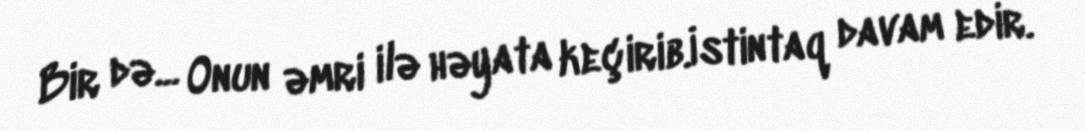
Bir də... Onun əmri ilə həyata keçirib.İstintaq davam edir.